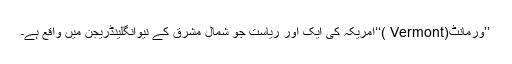
’’ورمانٹ(Vermont )‘‘امریکہ کی ایک اور ریاست جو شمال مشرق کے نیوانگلینڈریجن میں واقع ہے۔